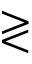
\gtrless